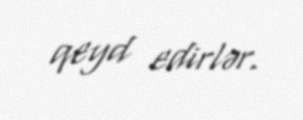
qeyd edirlər.